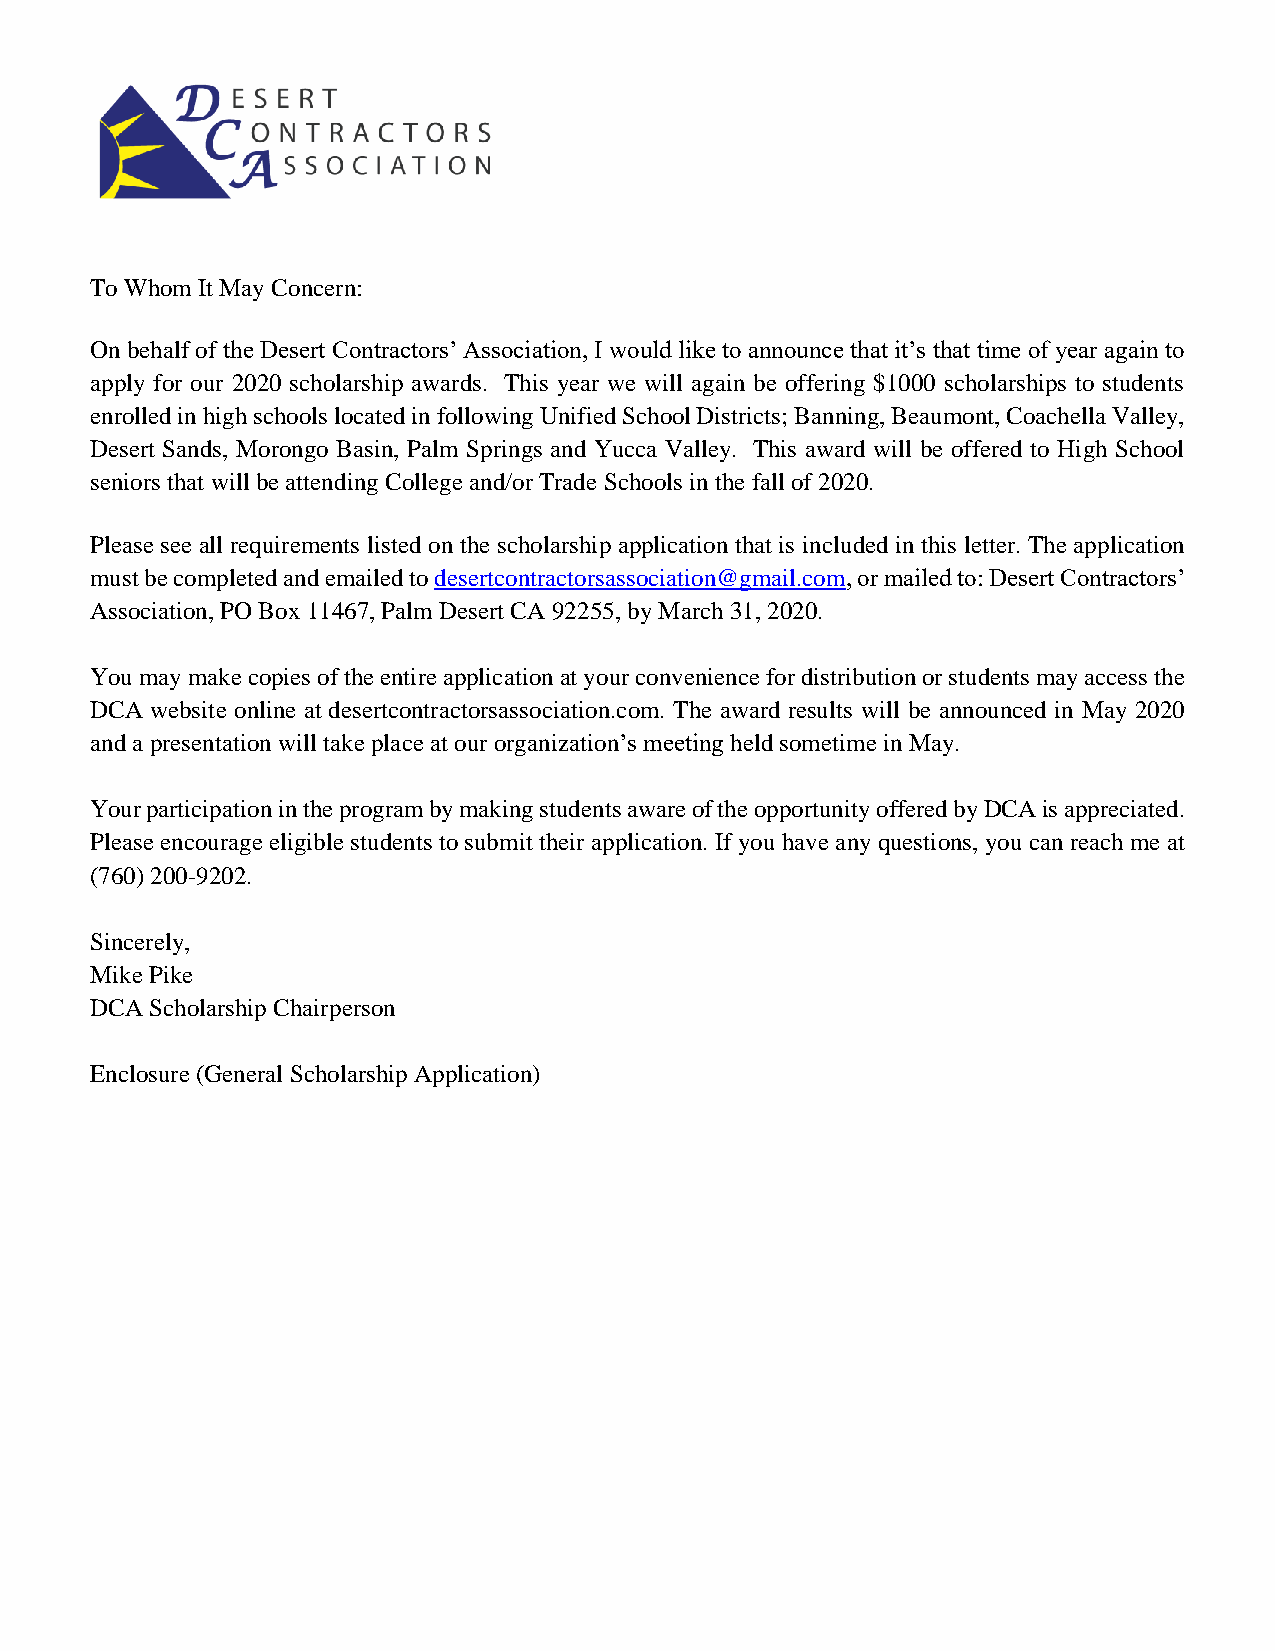
To Whom It May Concern:
 On behalf of the Desert Contractors’ Association, I would like to announce that it’s that time of year again to
 apply for our 2020 scholarship awards. This year we will again be offering $1000 scholarships to students
 enrolled in high schools located in following Unified School Districts; Banning, Beaumont, Coachella Valley,
 Desert Sands, Morongo Basin, Palm Springs and Yucca Valley. This award will be offered to High School
 seniors that will be attending College and/or Trade Schools in the fall of 2020.
 Please see all requirements listed on the scholarship application that is included in this letter. The application
 must be completed and emailed to desertcontractorsassociation@gmail.com, or mailed to: Desert Contractors’
 Association, PO Box 11467, Palm Desert CA 92255, by March 31, 2020.
 You may make copies of the entire application at your convenience for distribution or students may access the
 DCA website online at desertcontractorsassociation.com. The award results will be announced in May 2020
 and a presentation will take place at our organization’s meeting held sometime in May.
 Your participation in the program by making students aware of the opportunity offered by DCA is appreciated.
 Please encourage eligible students to submit their application. If you have any questions, you can reach me at
 (760) 200-9202.
 Sincerely,
 Mike Pike
 DCA Scholarship Chairperson
 Enclosure (General Scholarship Application)